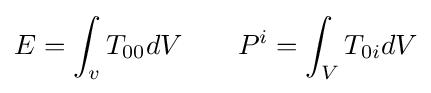
E=\int _{v}T_{00}dV\qquad P^{i}=\int _{V}T_{0i}dV